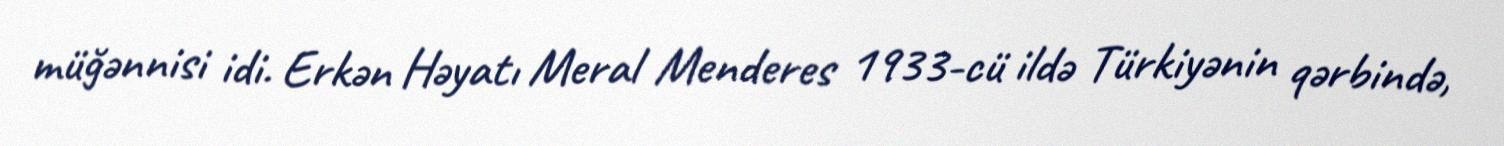
müğənnisi idi. Erkən Həyatı Meral Menderes 1933-cü ildə Türkiyənin qərbində,